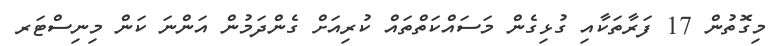
މިގޮތުން 17 ފަރާތަކާއި ގުޅިގެން މަސައްކަތްތައް ކުރިއަށް ގެންދަމުން އަންނަ ކަން މިނިސްޓަރ